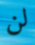
لن